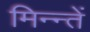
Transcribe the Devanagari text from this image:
मिन्न्तें